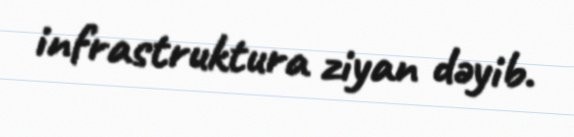
infrastruktura ziyan dəyib.